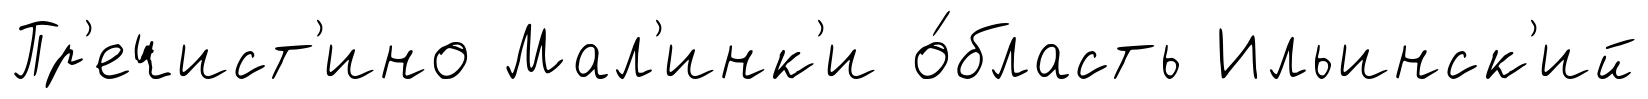
Пр'ечист'ино Мал'инк'и о́бласть Ильинск'ий